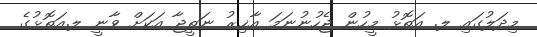
މިދަލުގައި ލ. އަތޮޅު މީހުން ޖެހުނުނަމަ އާޚިރު ނަތީޖާ އަކަށް ވާނީ ލ.އަތޮޅުގެ